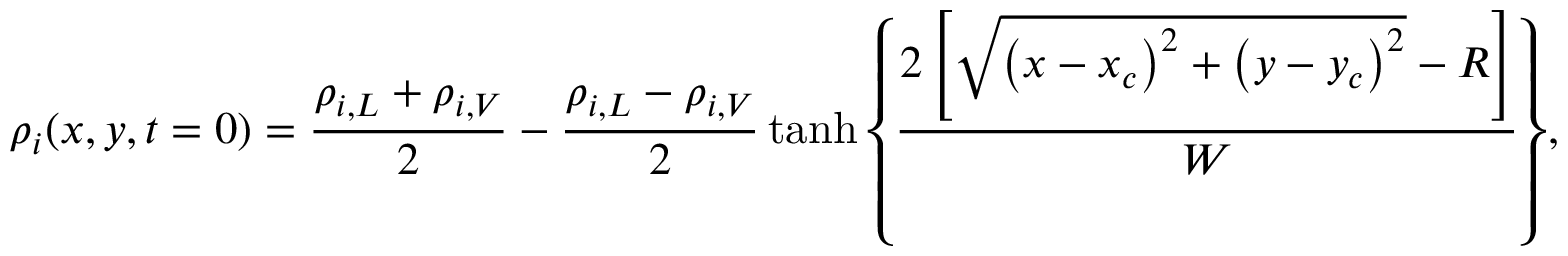
\rho _ { i } ( x , y , t = 0 ) = \frac { \rho _ { i , L } + \rho _ { i , V } } { 2 } - \frac { \rho _ { i , L } - \rho _ { i , V } } { 2 } \operatorname { t a n h } { \left\{ \frac { 2 \left[ \sqrt { \left( x - x _ { c } \right) ^ { 2 } + \left( y - y _ { c } \right) ^ { 2 } } - R \right] } { W } \right\} } ,